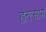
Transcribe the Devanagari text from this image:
ह्वेन्त्सांग